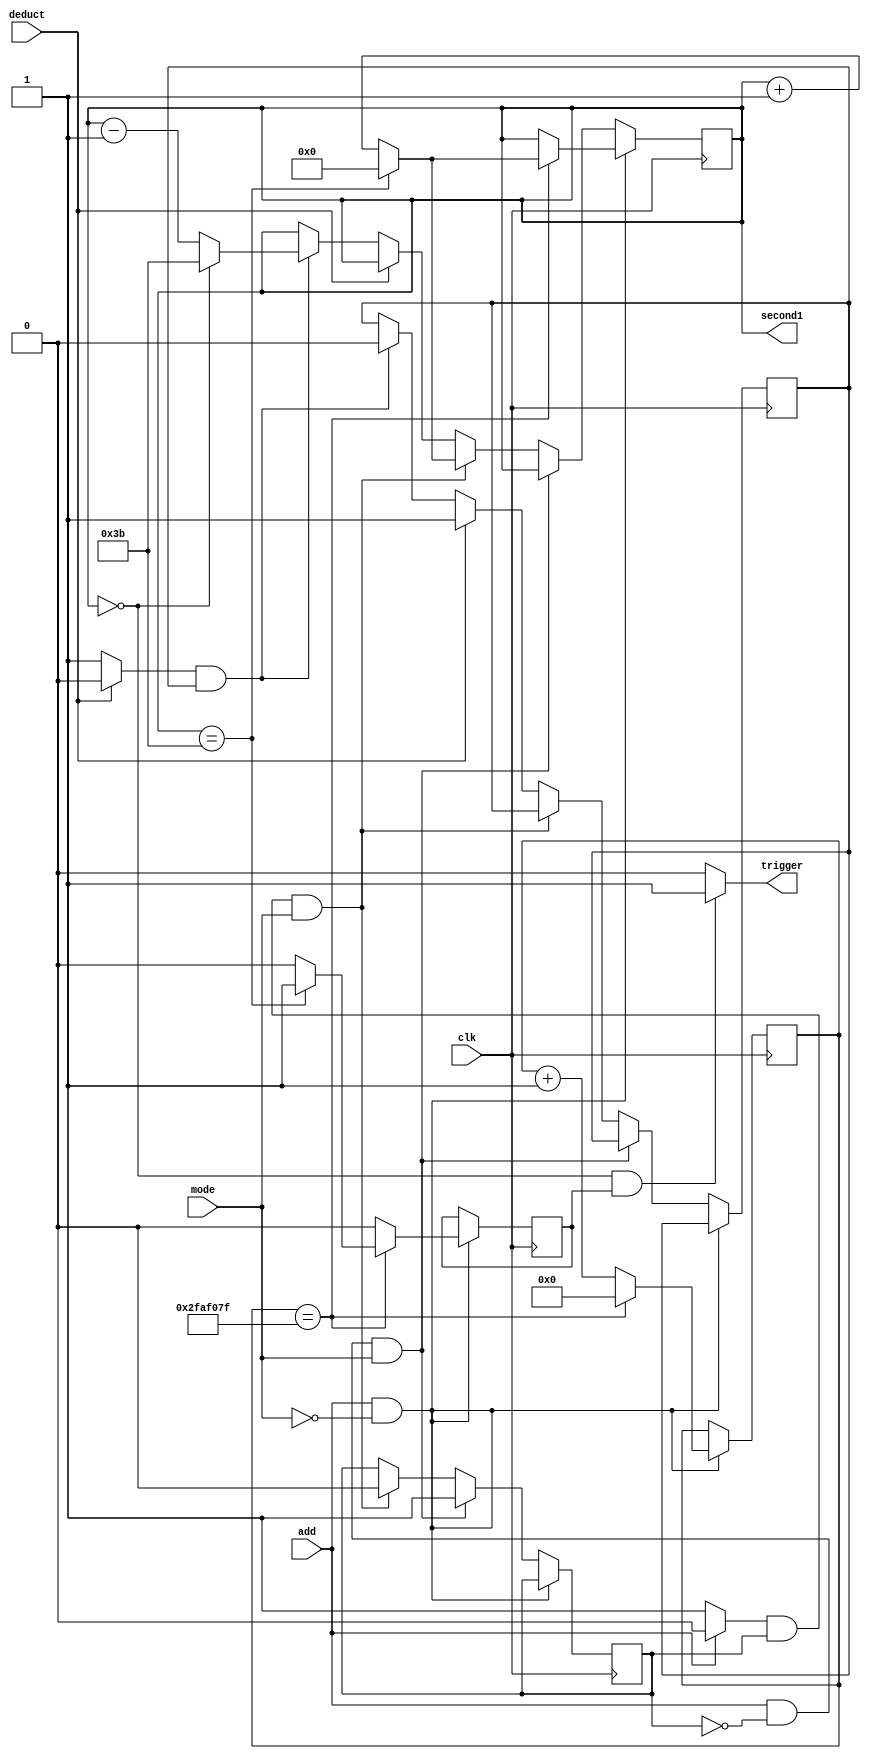
module second_counter_ver2(clk,mode/*switch*/,add,deduct,second1/*,seg*/,trigger);
input clk,add,deduct,mode;//switch;
//output [13:0]seg;
output trigger;
output [5:0] second1;
reg [5:0]second;

reg e3;

//reg mode;

reg start,e;

reg start2,e2;



reg[27:0]count_down;
wire [7:0] bcd; 




assign trigger=(second==0&&e3==1)?1:0;



initial 
begin
	start = 1'b0;
	e = 1'b1;
	//mode=1'b0;
	start2=1'b0;
	e2=1'b0;
	e3=1'b0;
	count_down = 28'b0;
	second = 6'b0;
end

/*always @(negedge switch)
if(mode==0)mode=1;
else mode=0;*/




always @(add)
begin
if(add==0) start=1;
else  start=0;
end

always @(deduct)
begin
if(deduct==0) start2=1;
else start2=0;
end




always @(posedge clk)
begin

    


  if(start==0&&mode==0)

      begin 
      //  e <= 1;  
		  
	      e3<=0;
	   	if(count_down==49999999)
		   begin
			
		   if(second==59)begin second<=0; e3<=1;  end
			else second<=second+1;
			count_down<=0;
			
		    end
		   else count_down<=count_down+1;


     end

	  
	  
	  
	  
  else   if(start==0&&e==0&&mode==1)e<=1;
  
  
  else 	if(start==1 &&e &&mode==1) 
		
		  begin
		
	   	e	<=	0;  
	   	if(second==59)second<=0;
	 	
	   	else second<=second+1;
		
	     end
		  
		  
  else if(start2==0)e2<=1;		  

  else 	if(start2==1 && e2) 
		
		  begin
		
	   	e2	<=	0;  
	   	if(second==0)second<=59;
	 	
	   	else second<=second-1;
		
	     end
 
  

end


assign second1=second;

/*bin_to_bcd3 uut(second,bcd);

led7_decoder hex0(bcd[3:0],seg[6:0]);

led7_decoder hex1(bcd[7:4],seg[13:7]);*/

 
 



endmodule